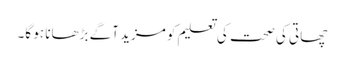
چھاتی کی صحت کی تعلیم کو مزید آگے بڑھانا ہو گا۔